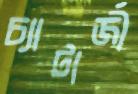
চ্যাটার্জী